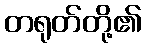
တရုတ်တို့၏